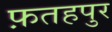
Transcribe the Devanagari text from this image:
फ़तहपुर